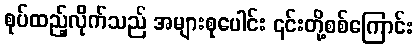
စုပ်ထည့်လိုက်သည် အများစုပေါင်း ၎င်းတို့စစ်ကြောင်း